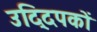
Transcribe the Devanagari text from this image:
उद्दिपकों